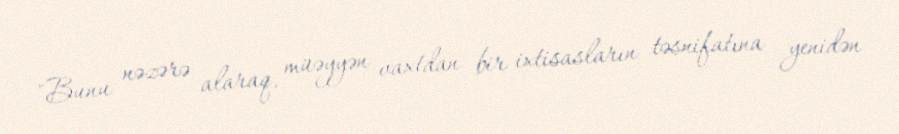
"Bunu nəzərə alaraq, müəyyən vaxtdan bir ixtisasların təsnifatına yenidən